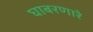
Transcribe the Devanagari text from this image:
घाबरणारे